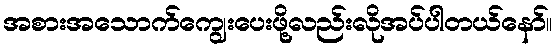
အစားအသောက်ကျွေးပေးဖို့လည်းလိုအပ်ပါတယ်နော်။